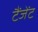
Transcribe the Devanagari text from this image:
टैंजेंट